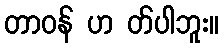
တာဝန် ဟ တ်ပါဘူး။